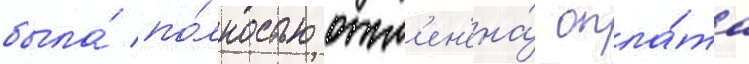
была́ по́лностью отм'ен'ена́ опла́та